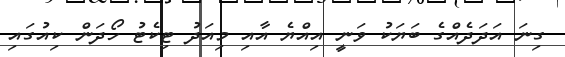
ގިނަ އަދަދެއްގެ ބަޔަކު ވަނީ އިއްޔެ އާއި މިއަދު ޓިކެޓު ހޯދަން ކިއުގައި